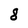
Character: 8